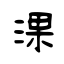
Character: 淉